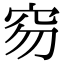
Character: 𥤽